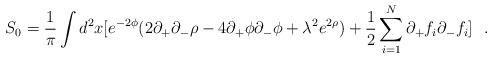
LaTeX: \begin{align*}S_0={1\over\pi}\int d^2x[e^{-2\phi}(2\partial_+\partial_-\rho -4\partial_+\phi\partial_-\phi +\lambda^2 e^{2\rho})+{1\over 2}\sum_{i=1}^N\partial_+f_i\partial_-f_i]\ \ .\end{align*}